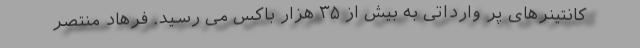
کانتینرهای پر وارداتی به بیش از ۳۵ هزار باکس می رسید. فرهاد منتصر